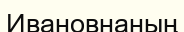
Ивановнаның